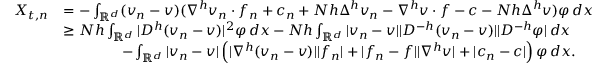
\begin{array} { r l } { X _ { t , n } } & { = - \int _ { { \mathbb { R } } ^ { d } } ( v _ { n } - v ) ( \nabla ^ { h } v _ { n } \cdot f _ { n } + c _ { n } + N h \Delta ^ { h } v _ { n } - \nabla ^ { h } v \cdot f - c - N h \Delta ^ { h } v ) \varphi \, d x } \\ & { \geq N h \int _ { { \mathbb { R } } ^ { d } } | D ^ { h } ( v _ { n } - v ) | ^ { 2 } \varphi \, d x - N h \int _ { { \mathbb { R } } ^ { d } } | v _ { n } - v | | D ^ { - h } ( v _ { n } - v ) | | D ^ { - h } \varphi | \, d x } \\ & { \qquad \qquad - \int _ { { \mathbb { R } } ^ { d } } | v _ { n } - v | \left( | \nabla ^ { h } ( v _ { n } - v ) | | f _ { n } | + | f _ { n } - f | | \nabla ^ { h } v | + | c _ { n } - c | \right) \varphi \, d x . } \end{array}